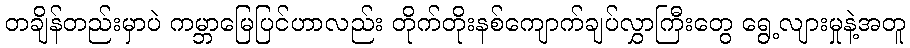
တချိန်တည်းမှာပဲ ကမ္ဘာမြေပြင်ဟာလည်း တိုက်တိုးနစ်ကျောက်ချပ်လွှာကြီးတွေ ရွေ့လျားမှုနဲ့အတူ